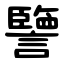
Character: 譼